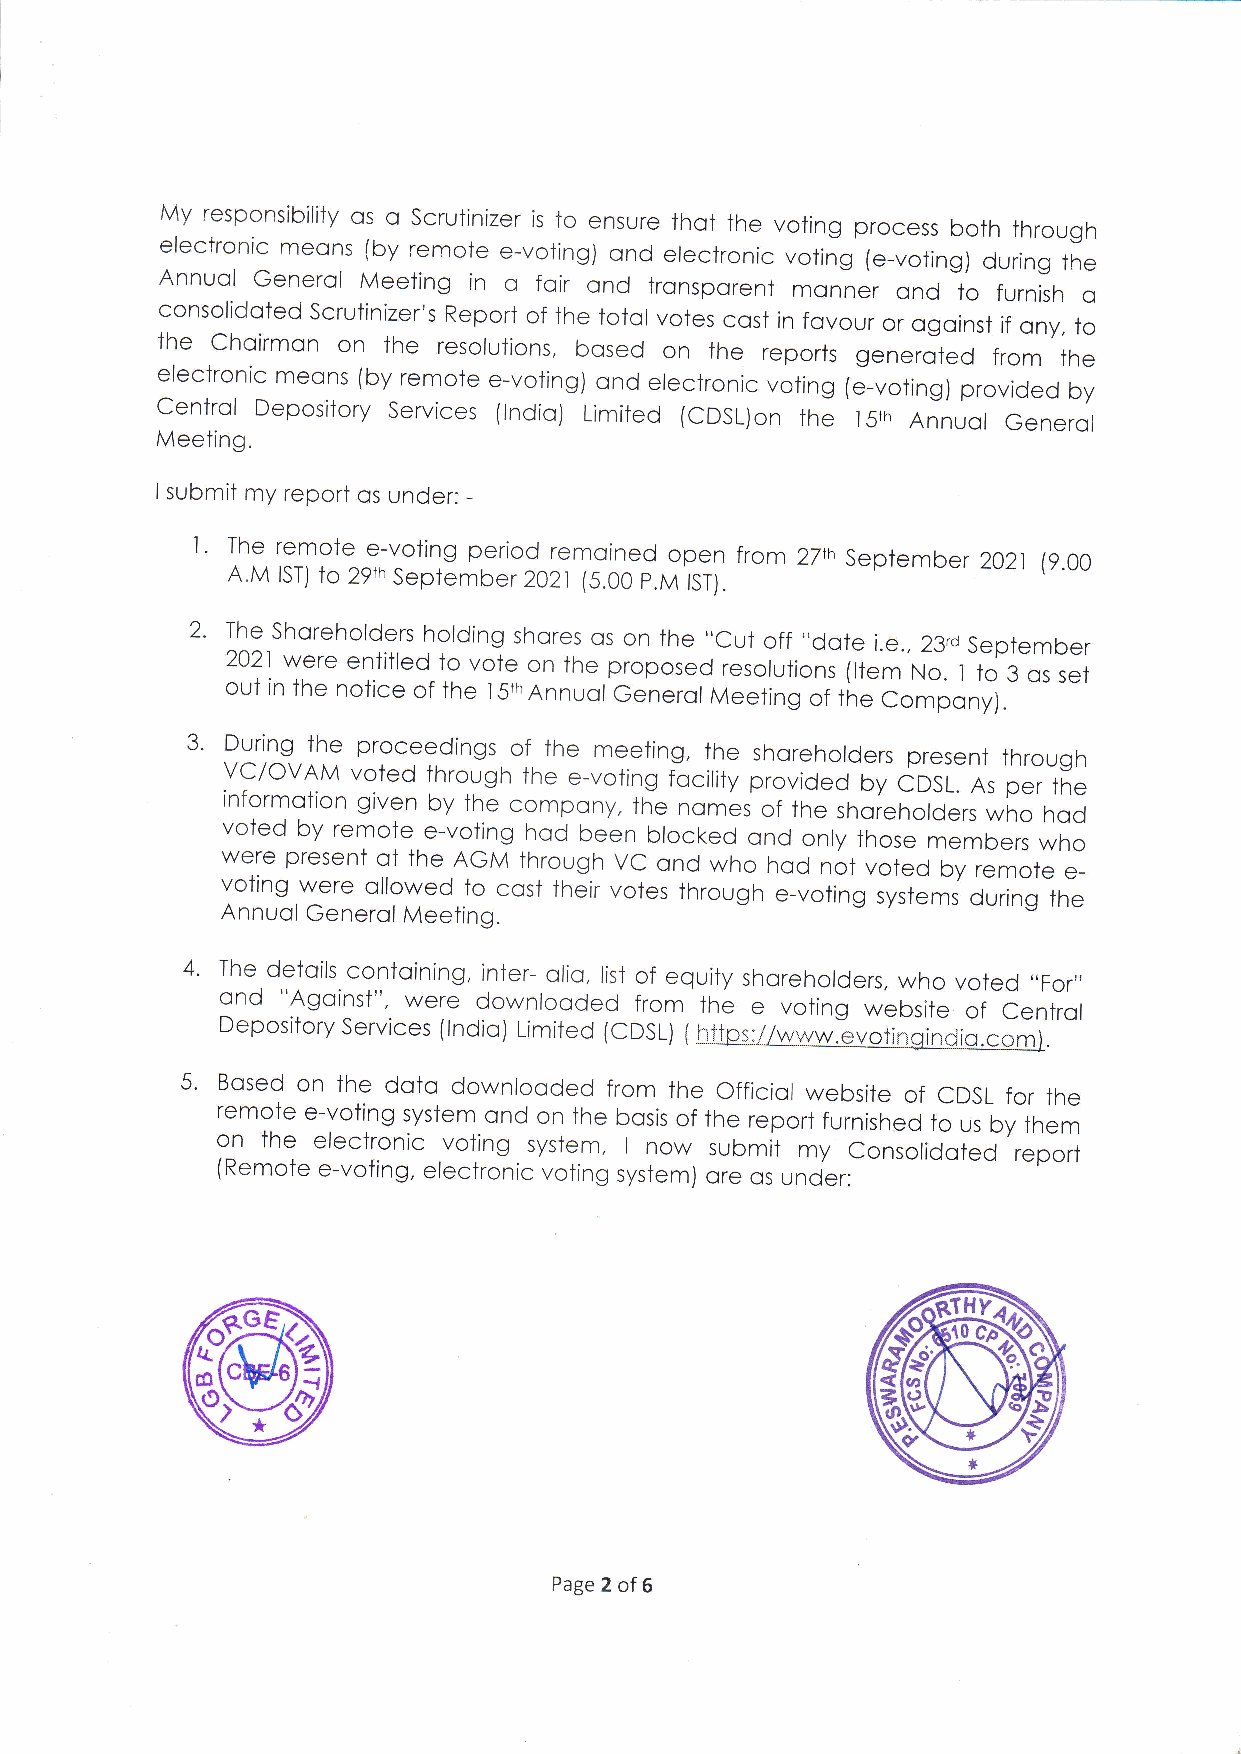
My responsibility os o Scrulinizer is to ensure thot the voting process both through
 electronic meons (by remote e-voting) ond electronic voiing (e-voting) during the
 Annuol Generol Meeting in o foir ond tronsporent monner ond to furnish o
 consolidoted Scrutinizer's Report of the totol votes cost in fovour or ogoinst if ony, to
 the choirmon on the resolutions, bosed on the reports generoted from the
 electronic meons (by remote e-voiing) ond electronic voiing (e-voting) provided by
 centrol Depository services (lndio) Limited (cDSL)on ihe lSrh Annuol Generol
 Meeting.
 I submit my report os under: -
 l'
 The remote e-voiing period remoined open from 27th September 2021 (g.oo
 A.M IST) to 29tn September 2021 (5.00 p.M
 tST).
 2'
 The Shoreholders holding shores os on the "Cut off "dote i.e., 23d September
 2021 were entitled to vote on the proposed resolutions (ltem No. I to 3 os set
 out in the notice of the lSrn Annuol Generol Meeting of the compony).
 3'
 During the proceedings of the meeting, the shoreholders present through
 vc/ovAM voted through the e-voting focility provided by GDSL. As per the
 informotion given by the compony, ihe nomes of ihe shoreholders who hod
 voted by remote e-voting hod been blocked ond only those members who
 were present of the AGM ihrough VC ond who hod not voied by remote e-
 voiing were ollowed to cost iheir voies through e-voting systems during the
 Annuol Generol Meeting.
 4'
 The detoils contoining, inter- olio, list of equity shoreholders, who voted ,,For,,
 ond "Agoinst", were downlooded from the e voiing website of Cenirol
 Depository Services (lndio) Limited (cDSL) ( htios:/lwwwlevotingindic.com).
 5'
 Bosed on ihe doto downlooded from the officiol websiie of CDSL for the
 remote e-voting sysiem ond on the bosis of ihe report furnished to us by them
 on the electronic voting system, I now submit my Consolidoted report
 (Remoie e-vofing, erectronic voting system) ore os under:
 m
 (a
 ffiffi                                       ffi
 s\liJ;
 (lrr:
 '&)
 R$
 Page 2 of 6